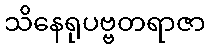
သိနေရုပဗ္ဗတရာဇာ